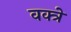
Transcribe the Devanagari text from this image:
वक्त्रे